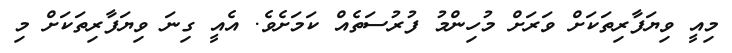
މިއީ ވިޔަފާރިތަކަށް ވަރަށް މުހިންމު ފުރުސަތެއް ކަމަށެވެ. އެއީ ގިނަ ވިޔަފާރިތަކަށް މި